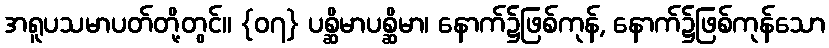
အရူပသမာပတ်တို့တွင်။ {၀၇} ပစ္ဆိမာပစ္ဆိမာ၊ နောက်၌ဖြစ်ကုန်, နောက်၌ဖြစ်ကုန်သော